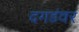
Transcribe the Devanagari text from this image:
दगडंवर